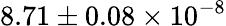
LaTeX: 8.71\pm 0.08\times 10^{-8}